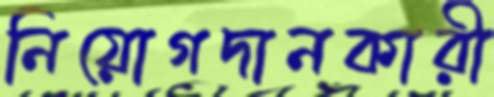
নিয়োগদানকারী